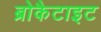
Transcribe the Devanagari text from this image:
ब्रोकैटाइट